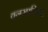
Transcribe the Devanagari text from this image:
वनस्पतिना